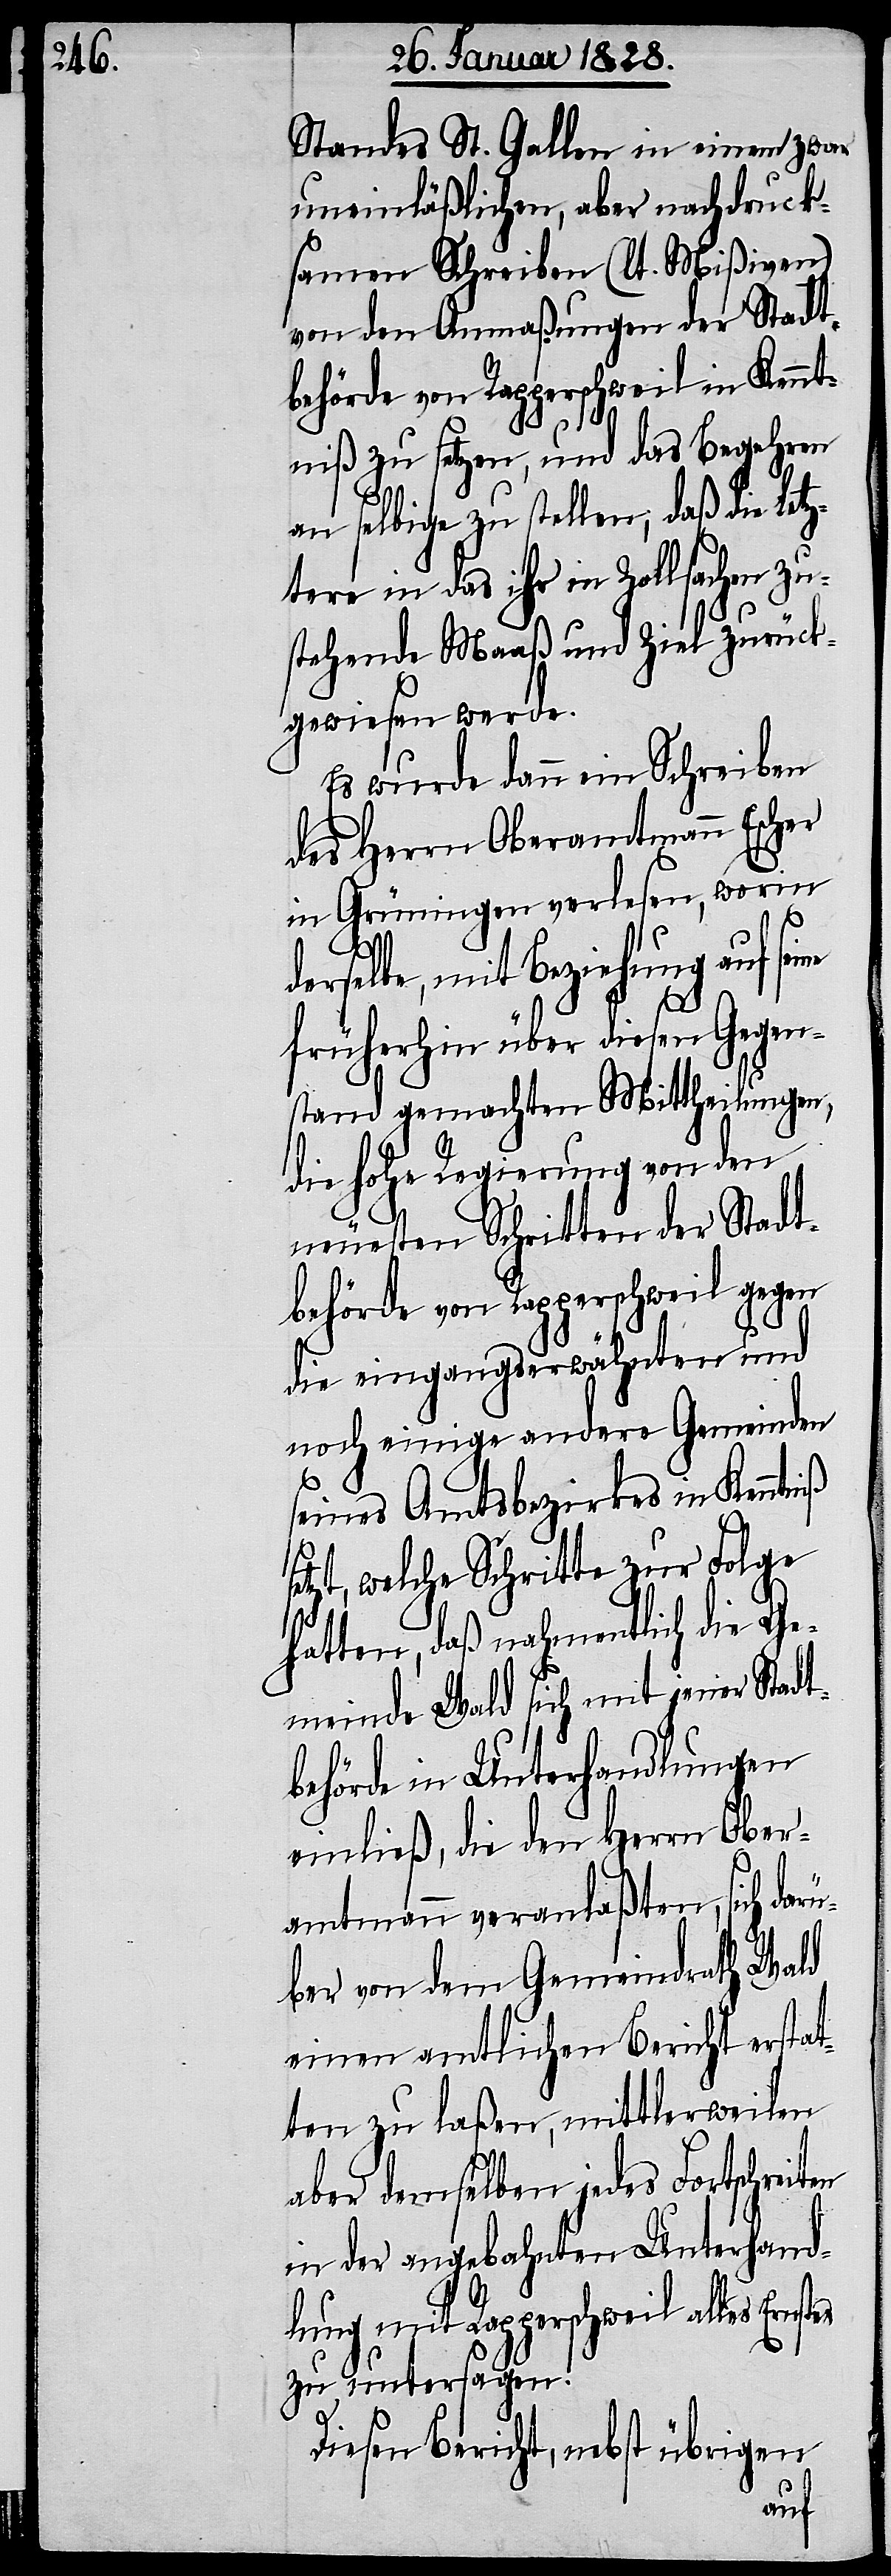
Standes St. Gallen in einem zwar
uneinläßlichen, aber nachdruck¬
samen Schreiben (lt. Mißiven)
von den Anmaßungen der Stadt¬
behörde von Rapperschweil in Kennt¬
niß zu setzen, und das Begehren
an selbige zu stellen, daß die letz¬
tere in das ihr in Zollsachen zu¬
stehende Maaß und Ziel zurück¬
gewiesen werde.
Es wurde dann ein Schreiben
des Herrn Oberamtmann Escher
in Grüningen verlesen, worin
iß
en
derselbe, mit Beziehung auf seine
früherhin über diesen Gegen¬
stand gemachten Mittheilungen,
die hohe Regierung von den
neuesten Schritten der Stadt¬
behörde von Rapperschweil gegen
die eingangserwähnten und
noch einige andere Gemeinden
eines Amtsbezirkes in Kenntn¬
setzt, welche Schritte zur Folge
hatten, daß nahmentlich die Ge¬
meinde Wald sich mit jener Stadt¬
behörde in Unterhandlungen
einließ, die den Herrn Ober¬
amtmann veranlaßten, sich darü¬
ber von dem Gemeindrath Wald
einen amtlichen Bericht erstat¬
ten zu laßen, mittlerweilen
aber demselben jedes Fortschreit¬
in der angebahnten Unterhand¬
lung mit Rapperschweil allen
zu untersagen.
Diesen Bericht, nebst übrigen